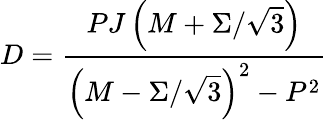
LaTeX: D={\frac{PJ\left(M+\Sigma/\sqrt{3}\right)}{\left(M-\Sigma/\sqrt{3}\right)^{2}-P^{2}}}